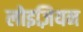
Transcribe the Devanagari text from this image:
लोइज़ियन